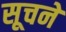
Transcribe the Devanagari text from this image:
सूचने